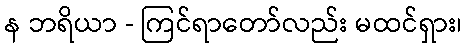
န ဘရိယာ - ကြင်ရာတော်လည်း မထင်ရှား၊